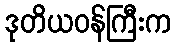
ဒုတိယဝန်ကြီးက